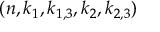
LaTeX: ( n , k _ { 1 } , k _ { 1 , 3 } , k _ { 2 } , k _ { 2 , 3 } )